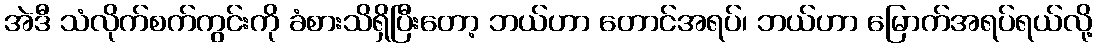
အဲဒီ သံလိုက်စက်ကွင်းကို ခံစားသိရှိပြီးတော့ ဘယ်ဟာ တောင်အရပ်၊ ဘယ်ဟာ မြောက်အရပ်ရယ်လို့